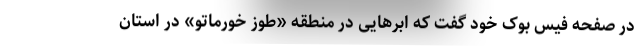
در صفحه فیس بوک خود گفت که ابر‌هایی در منطقه «طوز خورماتو» در استان